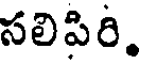
సలిపిరి.